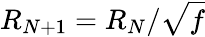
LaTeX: R_{N+1}=R_{N}/\sqrt{f}